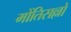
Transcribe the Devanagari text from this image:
मोंतिसल्लो